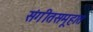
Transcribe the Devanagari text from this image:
संगीतसमूहात